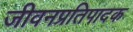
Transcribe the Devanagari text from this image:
जीवनप्रतिपादक